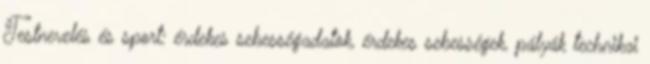
Testnevelés és sport: érdekes sebességadatok, érdekes sebességek, pályák technikai